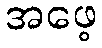
အဖေ့